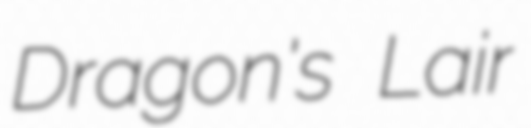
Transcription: Dragon's Lair